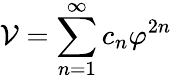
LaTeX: {\cal V}=\sum_{n=1}^{\infty}c_{n}\varphi^{2n}